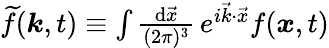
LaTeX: \begin{array}{r}{\widetilde{f}(\boldsymbol{k},t)\equiv\int\frac{\mathrm{d}\vec{x}}{(2\pi)^{3}}\, e^{i\vec{k}\cdot\vec{x}}f(\boldsymbol{x},t)}\end{array}